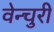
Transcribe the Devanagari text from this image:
वेन्चुरी